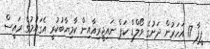
ފީފާ 17 އަހަރުން ދަށުގެ ވޯލްޑް ކަޕް ނައިޖީރިއާއިން ކާމިޔާބުކުރީ އެގައުމުގެ ރައީސް